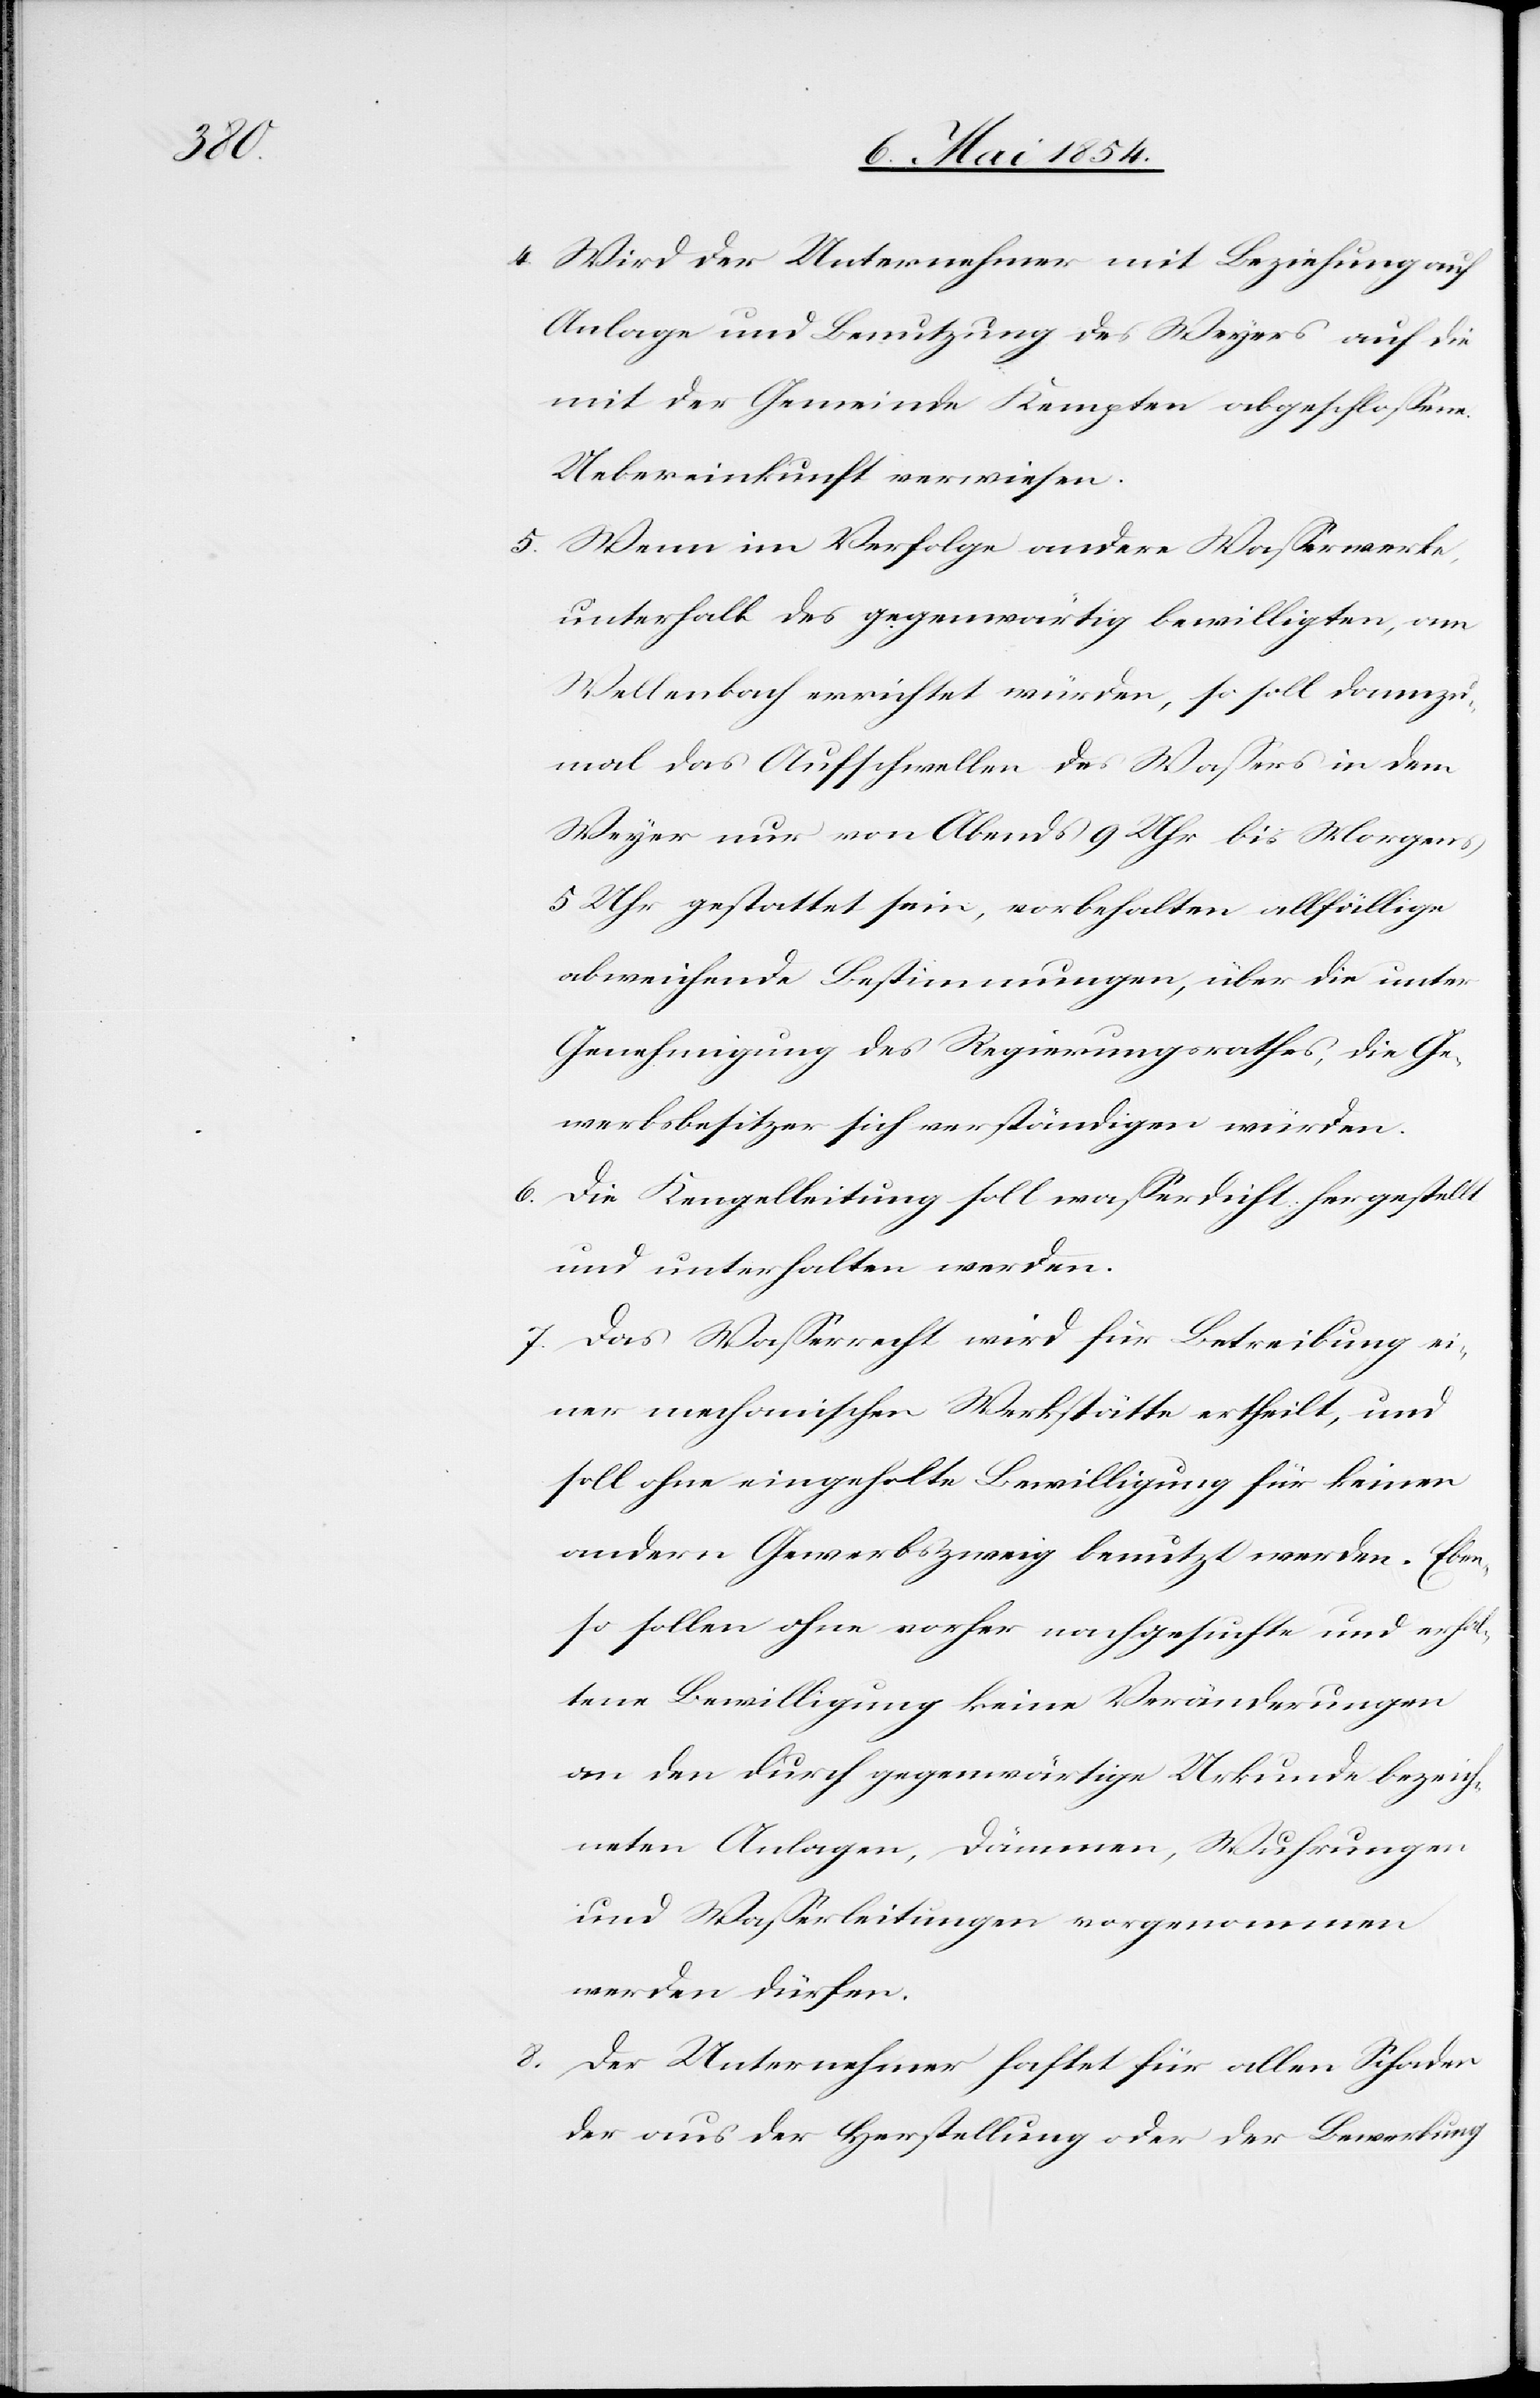
8.

4. Wird der Unternehmer mit Beziehung auf
Anlage und Benutzung des Weyers auf die
mit der Gemeinde Kempten abgeschloßene
Uebereinkunft verwiesen.
5. Wenn im Verfolge andere Waßerwerke,
unterhalb des gegenwärtig bewilligten, am
Wellenbach errichtet würden, so soll dannzu¬
mal das Aufschwellen des Waßers in dem
Weyer nur von Abends 9 Uhr bis Morgens
5 Uhr gestattet sein, vorbehalten allfällige
abweichende Bestimmungen, über die unter
Genehmigung des Regierungsrathes, die Ge¬
werbsbesitzer sich verständigen würden.
6. Die Kengelleitung soll waßerdicht hergestellt
und unterhalten werden.
7. Das Waßerrecht wird für Betreibung ei¬
ner mechanischen Werkstätte ertheilt, und
soll ohne eingeholte Bewilligung für keinen
andern Gewerbszweig benutzt werden. Eben¬
so sollen ohne vorher nachgesuchte und erhal¬
tene Bewilligung keine Veränderungen
an den durch gegenwärtige Urkunde bezeich¬
neten Anlagen, Dämmen, Wuhrungen
und Waßerleitungen vorgenommen
werden dürfen.
Der Unternehmer haftet für allen Schaden
der aus der Herstellung oder der Bewerbung